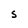
Character: s